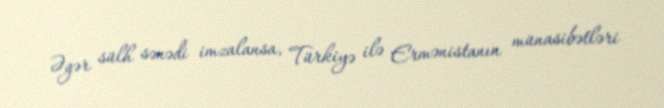
Əgər sülh sənədi imzalansa, Türkiyə ilə Ermənistanın münasibətləri